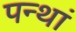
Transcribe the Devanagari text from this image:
पन्थां